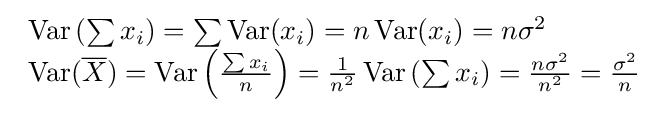
{\begin{array}{l}\operatorname {Var} \left(\sum x_{i}\right)=\sum \operatorname {Var} (x_{i})=n\operatorname {Var} (x_{i})=n\sigma ^{2}\\\operatorname {Var} ({\overline {X}})=\operatorname {Var} \left({\frac {\sum x_{i}}{n}}\right)={\frac {1}{n^{2}}}\operatorname {Var} \left(\sum x_{i}\right)={\frac {n\sigma ^{2}}{n^{2}}}={\frac {\sigma ^{2}}{n}}\end{array}}